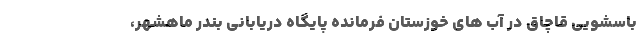
باسشویی قاچاق در آب های خوزستان فرمانده پایگاه دریابانی بندر ماهشهر،